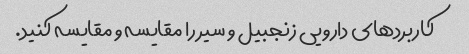
کاربردهای دارویی زنجبیل و سیر را مقایسه و مقایسه کنید.